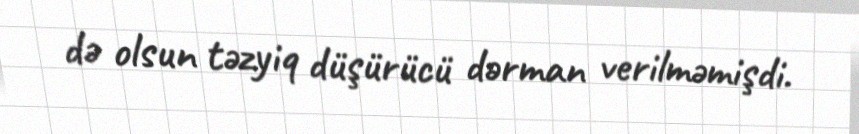
də olsun təzyiq düşürücü dərman verilməmişdi.